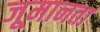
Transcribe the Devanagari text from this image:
जूमानता